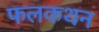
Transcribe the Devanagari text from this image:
फलकथन